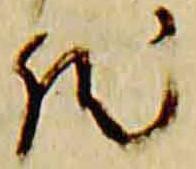
然